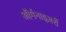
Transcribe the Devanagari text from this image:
ऑर्गनाइज़रों